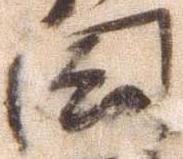
国